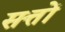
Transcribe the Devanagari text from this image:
सत्तों